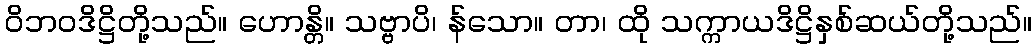
ဝိဘဝဒိဋ္ဌိတို့သည်။ ဟောန္တိ။ သဗ္ဗာပိ၊ န်သော။ တာ၊ ထို သက္ကာယဒိဋ္ဌိနှစ်ဆယ်တို့သည်။